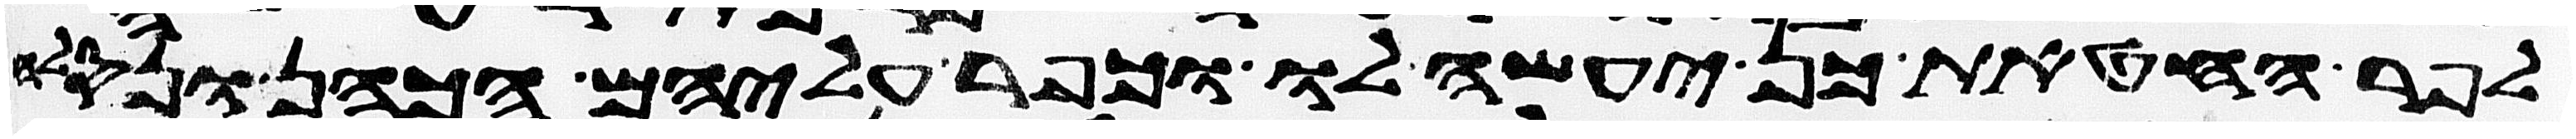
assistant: לפר החטאת כן יעשה לו וכפר עליהם הכהן ונסלח